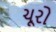
ચૂરો